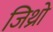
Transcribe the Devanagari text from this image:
जिथ्रो